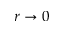
r \rightarrow 0